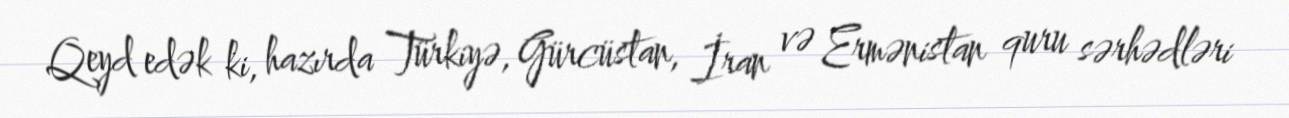
Qeyd edək ki, hazırda Türkiyə, Gürcüstan, İran və Ermənistan quru sərhədləri